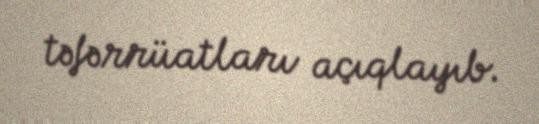
təfərrüatları açıqlayıb.